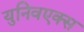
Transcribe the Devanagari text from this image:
युनिवएक्स